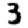
Digit: 3